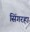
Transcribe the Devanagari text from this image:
सिंगरहा